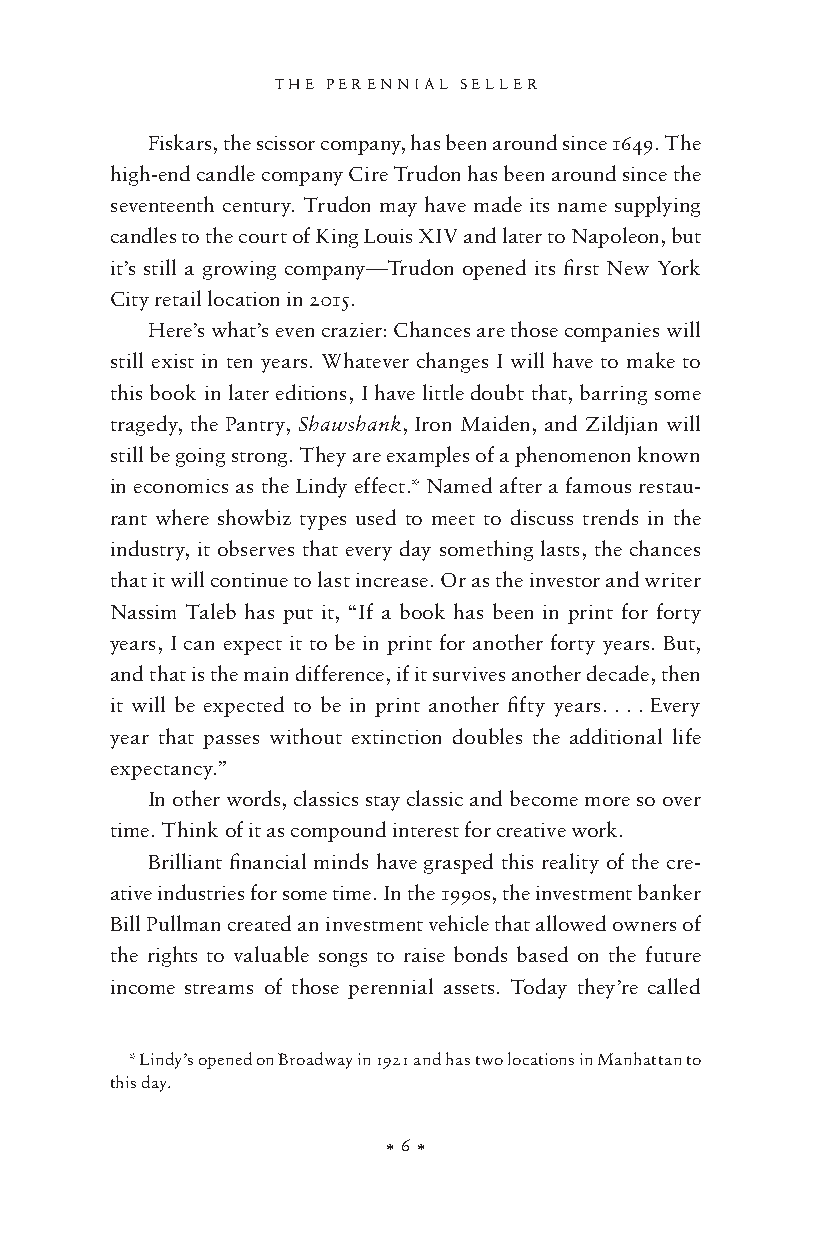
THE PERENNIAL SELLER
 Fiskars, the scissor company, has been around since 1649. The
 high- end candle company Cire Trudon has been around since the
 seventeenth century. Trudon may have made its name supplying
 candles to the court of King Louis XIV and later to Napoleon, but
 it’s still a growing company— Trudon opened its first New York
 City retail location in 2015.
 Here’s what’s even crazier: Chances are those companies will
 still exist in ten years. Whatever changes I will have to make to
 this book in later editions, I have little doubt that, barring some
 tragedy, the Pantry, Shawshank, Iron Maiden, and Zildjian will
 still be going strong. They are examples of a phenomenon known
 in economics as the Lindy effect.* Named after a famous restau-
 rant where showbiz types used to meet to discuss trends in the
 industry, it observes that every day something lasts, the chances
 that it will continue to last increase. Or as the investor and writer
 Nassim Taleb has put it, “If a book has been in print for forty
 years, I can expect it to be in print for another forty years. But,
 and that is the main difference, if it survives another decade, then
 it will be expected to be in print another fifty years. . . . Every
 year that passes without extinction doubles the additional life
 expectancy.”
 In other words, classics stay classic and become more so over
 time. Think of it as compound interest for creative work.
 Brilliant financial minds have grasped this reality of the cre-
 ative industries for some time. In the 1990s, the investment banker
 Bill Pullman created an investment vehicle that allowed owners of
 the rights to valuable songs to raise bonds based on the future
 income streams of those perennial assets. Today they’re called
 * Lindy’s opened on Broadway in 1921 and has two locations in Manhattan to
 this day.
 X 6 X
 9780143109013_PerennialSel.indd 6 24364       5/30/17 1:01 PM                  24364